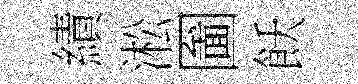
績淞圗飫